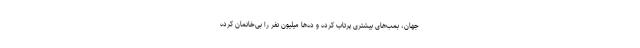
جهان،‌ بمب‌های بیشتری پرتاب کرده و ده‌ها میلیون نفر را بی‌خانمان کرده